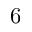
6